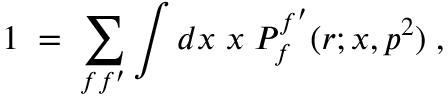
1 \; = \; \sum _ { f f ^ { \prime } } \int d x \; x \; { \cal P } _ { f } ^ { f ^ { \prime } } ( r ; x , p ^ { 2 } ) \; ,